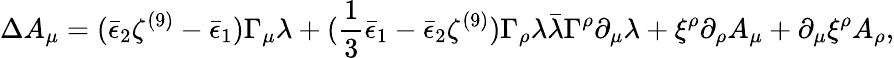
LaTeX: \Delta A_{\mu}=(\bar{\epsilon}_{2}\zeta^{(9)}-\bar{\epsilon}_{1})\Gamma_{\mu}\lambda+({\frac{1}{3}}\bar{\epsilon}_{1}-\bar{\epsilon}_{2}\zeta^{(9)})\Gamma_{\rho}\lambda\bar{\lambda}\Gamma^{\rho}\partial_{\mu}\lambda+\xi^{\rho}\partial_{\rho}A_{\mu}+\partial_{\mu}\xi^{\rho}A_{\rho},